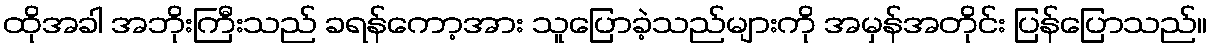
ထိုအခါ အဘိုးကြီးသည် ခရန်ကော့အား သူပြောခဲ့သည်များကို အမှန်အတိုင်း ပြန်ပြောသည်။